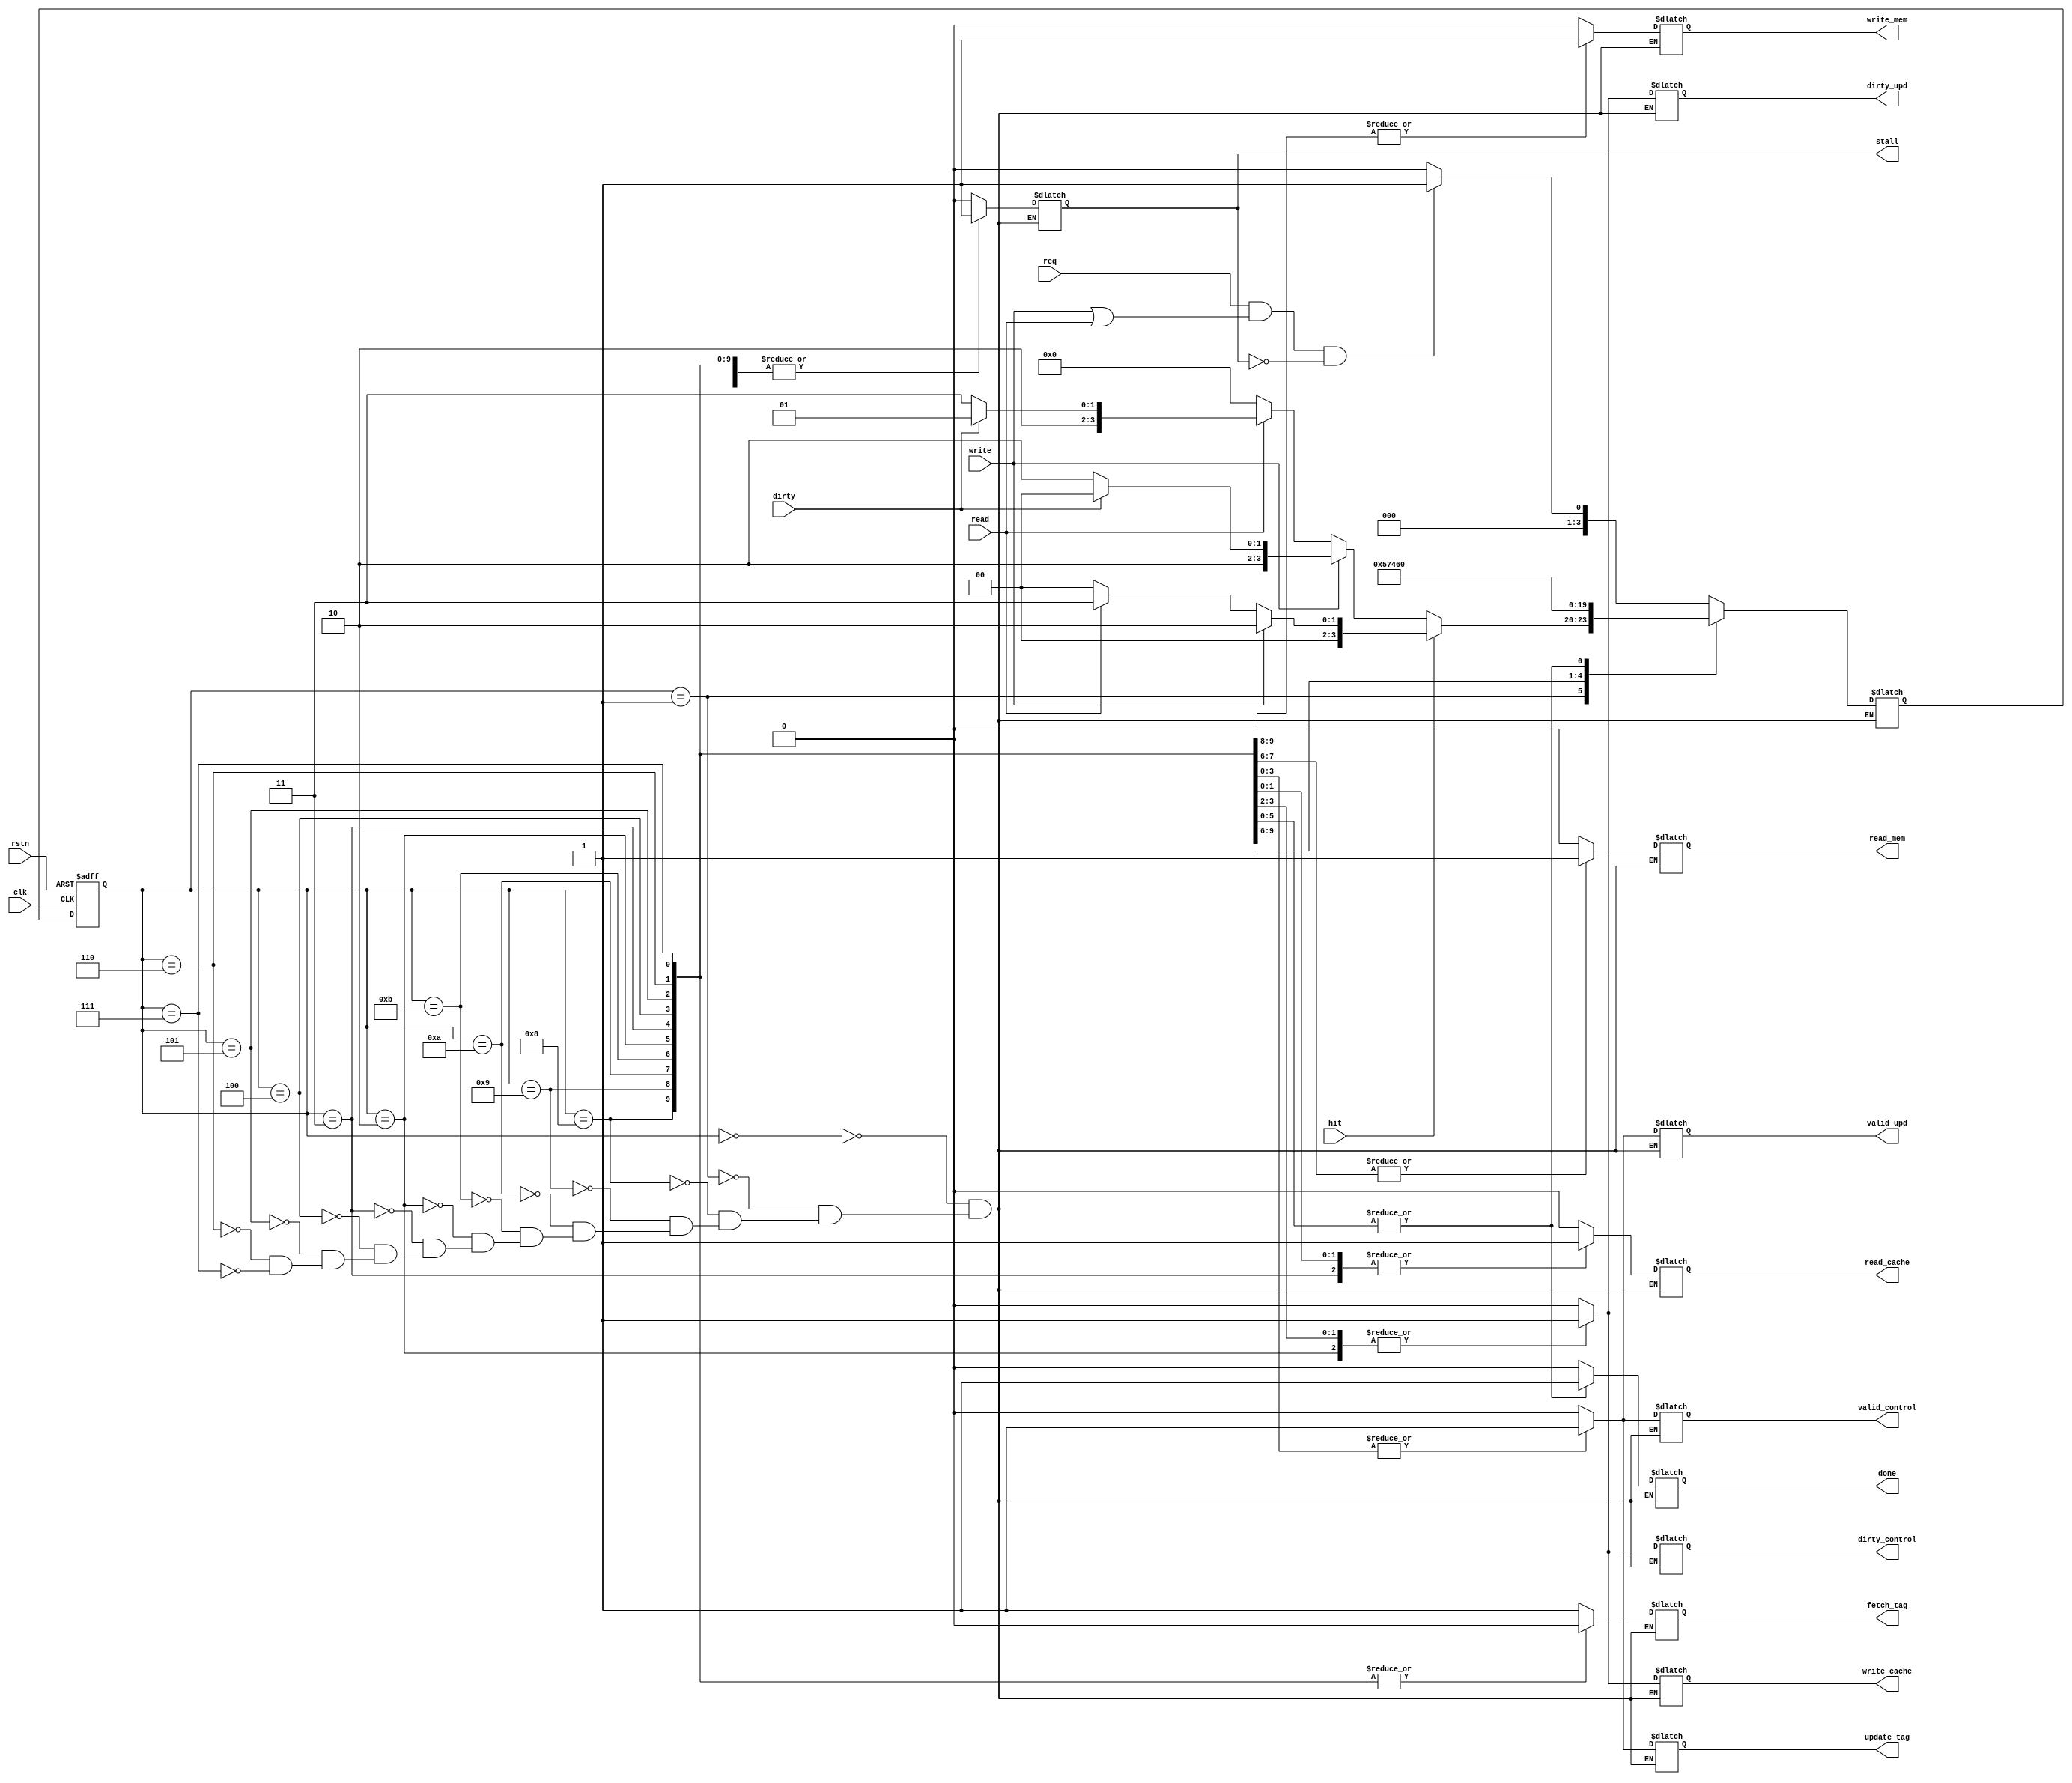

module cache_controller_v2(
   input wire clk,
	input wire rstn,
	input wire write, // write enable from cpu
	input wire read,  // read enable from cpu
	output reg write_cache, //write enable for "write to" cache from cpu request
	output reg read_cache, //read enable for "read from" cache to cpu request
	output reg update_tag,
	output reg fetch_tag,
	input wire dirty,
	input wire req,   //request for mem access (write or read) from cpu
	input wire hit,   
	output reg write_mem,  //update to mem from cache
	output reg read_mem,   //update from mem to cache
	output reg valid_control,
	output reg valid_upd,
	output reg dirty_control,
	output reg dirty_upd,
	output reg stall,
	output reg done
);

  parameter IDLE                            = 4'h0;
  parameter COMPARE_TAG                     = 4'h1;
  parameter WRITE_HIT                       = 4'h2;
  parameter READ_HIT                        = 4'h3;
  parameter WRITE_MISS                      = 4'h4;
  parameter WRITE_MISS_DIRTY                = 4'h5;
  parameter READ_MISS                       = 4'h6;
  parameter READ_MISS_DIRTY                 = 4'h7;
  parameter WR_MISS_DIRTY_WRITE_BACK        = 4'h8;
  parameter RD_MISS_DIRTY_WRITE_BACK        = 4'h9;
  parameter WR_MISS_FETCH_FROM_MEM          = 4'hA;
  parameter RD_MISS_FETCH_FROM_MEM          = 4'hB;
//  parameter ALLOCATE          = 4'b0111;
  //parameter EVICTION    = 'b1000;
  
  reg [3:0] current_state;
  reg [3:0] next_state;
  
  reg n_write_mem ;
  reg n_read_mem;
  reg n_write_cache ;
  reg n_read_cache;
  reg n_valid_control;
  reg n_valid_upd;
  reg n_dirty_control;
  reg n_dirty_upd;
  reg n_stall;
  reg n_update_tag;
  reg n_fetch_tag;
  reg n_done;
//  reg n_evict;
//  reg n_writeback;  
 
///*  
  always@(negedge clk or negedge rstn) begin
     if(!rstn) begin
	     current_state   <= IDLE;
/*
		 write_mem       <= 'b0;
        read_mem        <= 'b0;
        write_cache     <= 'b0;
        read_cache      <= 'b0;
        valid_control   <= 'b0;
        valid_upd       <= 'b0;
        dirty_control   <= 'b0;
        dirty_upd       <= 'b0;
        stall           <= 'b0;
        update_tag      <= 'b0;
		  fetch_tag       <= 'b0;
		  done            <= 'h0;
*/		  
	  end 
	  else begin
	     current_state   <= next_state;
/*
		 write_mem       <= n_write_mem;
        read_mem        <= n_read_mem;
        write_cache     <= n_write_cache;
        read_cache      <= n_read_cache;
        valid_control   <= n_valid_control;
        valid_upd       <= n_valid_upd;
        dirty_control   <= n_dirty_control;
        dirty_upd       <= n_dirty_upd;
        stall           <= n_stall;		  
        update_tag      <= n_update_tag;
		  fetch_tag       <= n_fetch_tag;
		  done            <= n_done;
*/
	  end
  end
//*/
///*  
  always@* begin
//	  current_state   = next_state;
	  write_mem       = n_write_mem;
	  read_mem        = n_read_mem;
	  write_cache     = n_write_cache;
	  read_cache      = n_read_cache;
	  valid_control   = n_valid_control;
	  valid_upd       = n_valid_upd;
	  dirty_control   = n_dirty_control;
	  dirty_upd       = n_dirty_upd;
	  stall           = n_stall;		  
	  update_tag      = n_update_tag;
	  fetch_tag       = n_fetch_tag;
	  done            = n_done;
  end
//*/
  always@(*) begin
     //$display("read_mem = %b",n_read_mem);
     case(current_state)
	     IDLE: begin
		     $display("cycle:",$time/2," IDLE");
//         valid control signals
           n_dirty_control   = 'b0;
           n_dirty_upd       = 'b0;
//         valid control signals
           n_valid_control   = 'b0;
           n_valid_upd       = 'b0;
//         main memory control signals			  
           n_write_mem       = 'b0;
           n_read_mem        = 'b0;
//         cache data block control signals
           n_write_cache     = 'b0;
           n_read_cache      = 'b0;
//         tag block control signals			  
	       n_update_tag      = 'b0;
		   n_fetch_tag       = 'b1;
//         CPU polling signals			  
           n_stall           = 'b0;// stall 0 means cache is ready for request
		   n_done            = 'b0;
//           n_evict           = 'b0;//NYST
//           n_writeback       = 'b0;//NYST
			  if(req&&(write||read)&&~stall) begin //request from computer and assertion of write/read
			     //$display("cycle:",$time," CPU request for memory access");
				  $display("CPU request!!!");
			     next_state = COMPARE_TAG;
			  end
			  else begin
              //$display("cycle:",$time," Cache idling in loop...");			  
			     next_state = IDLE;
			  end
		  end
	     COMPARE_TAG: begin
		     //$display("cycle:",$time," Comparing tag and fetch/update...");
			  $display("cycle:",$time/2," COMPARE_TAG");
//         valid control signals
			  n_dirty_control   = 'b0;// Set valid since write new data to the cache line to 
			  n_dirty_upd       = 'b0;// indicated latest modification not write back yet to memory
//         valid control signals
			  n_valid_control   = 'b0;
			  n_valid_upd       = 'b0;
//         main memory control signals			  
			  n_write_mem       = 'b0;
			  n_read_mem        = 'b0;
//         cache data block control signals
			  n_write_cache     = 'b0;// Write to cache new data 
			  n_read_cache      = 'b0;
//         tag block control signals			  
			  n_update_tag      = 'b0;
			  n_fetch_tag       = 'b1;
//         CPU polling signals			  
			  n_stall           = 'b1;
			  n_done            = 'b0;			  
           if(hit) begin// hit cases
			     if(write) begin
				     $display("cycle:",$time/2," WRITE_HIT detected");
				     next_state      = WRITE_HIT;
				  end
				  else begin
				     if(read) begin
					     $display("cycle:",$time/2," READ_HIT detected");
					     next_state      = READ_HIT;
					  end
					  else begin
					     $display("cycle:",$time/2," NO_WR_RD detected");
					     next_state      = IDLE;
					  end
				  end
			  end
			  else begin //miss cases
			     if(write) begin
				     //next_state      <= WR_MISS_DIRTY_WRITE_BACK;
					  if(dirty) begin
					     $display("cycle:",$time/2," WRITE_MISS_DIRTY detected");
						  //$display("cycle:",$time," WRITE_MISS and cache is DIRTY");
						  next_state        = WR_MISS_DIRTY_WRITE_BACK;   // first action for write miss (eviction)is writeback then fetch new data later

					  end
					  else begin
					     $display("cycle:",$time/2," WRITE_MISS_CLEAN detected");
						  //$display("cycle:",$time," Write miss, Cache line is not dirty, fetch data from lower memory to cache for up-to-day data");
						  //$display("cycle:",$time," WRITE_MISS and cache is CLEAN");							  							  
						  next_state        = WR_MISS_FETCH_FROM_MEM;   // write miss is to fetch new data	
		           end				  
				  end
				  else begin
				     if(read) begin
					     //$display("cycle:",$time," READ_HIT detected");
					     //next_state      <= READ_HIT;
					     if(dirty) begin
						     $display("cycle:",$time/2," READ_MISS_DIRTY detected");
						     next_state        = RD_MISS_DIRTY_WRITE_BACK;   // first action for write miss (eviction)is writeback then fetch new data later
						  end
						  else begin
						     //$display("cycle:",$time," Write miss, Cache line is not dirty, fetch data from lower memory to cache for up-to-day data");
						     $display("cycle:",$time/2," READ_MISS_CLEAN detected");							  							  
						     next_state        = RD_MISS_FETCH_FROM_MEM;   // write miss is to fetch new data
							  //$display("cycle:",$time," yo passed");
						  end						  
					  end
					  else begin
					     $display("cycle:",$time/2," NO_WR_RD detected");
					     next_state      = IDLE;
					  end
				  end		
			  end
		  end
        WR_MISS_DIRTY_WRITE_BACK: begin
		     $display("cycle:",$time/2," WR_MISS_DIRTY_WRITE_BACK");
	//         valid control signals
			  n_dirty_control   = 'b0; 
			  n_dirty_upd       = 'b0;
	//         valid control signals
			  n_valid_control   = 'b0;
			  n_valid_upd       = 'b0;
	//         main memory control signals			  
			  n_write_mem       = 'b1;// write back the dirty data first
			  n_read_mem        = 'b0;
	//         cache data block control signals
			  n_write_cache     = 'b0; 
			  n_read_cache      = 'b0;
	//         tag block control signals			  
			  n_update_tag      = 'b0;// dont update tag here since write back is in progress
			  n_fetch_tag       = 'b0;
	//         CPU polling signals			  
			  n_stall           = 'b1;
			  n_done            = 'b0;
	//           n_evict           = 'b0;//NYST
	//           n_writeback       = 'b0;//NYST				  
           next_state        = WRITE_MISS_DIRTY;
			  //$display("cycle:",$time," WRITE_MISS_DIRTY_DEBUG");
			  end
        RD_MISS_DIRTY_WRITE_BACK: begin
		     $display("cycle:",$time/2," RD_MISS_DIRTY_WRITE_BACK");
	//         valid control signals
			  n_dirty_control   = 'b0; 
			  n_dirty_upd       = 'b0;
	//         valid control signals
			  n_valid_control   = 'b0;
			  n_valid_upd       = 'b0;
	//         main memory control signals			  
			  n_write_mem       = 'b1;// write back the dirty data first
			  n_read_mem        = 'b0;
	//         cache data block control signals
			  n_write_cache     = 'b0; 
			  n_read_cache      = 'b0;
	//         tag block control signals			  
			  n_update_tag      = 'b0;// dont update tag here since write back is in progress
			  n_fetch_tag       = 'b0;
	//         CPU polling signals			  
			  n_stall           = 'b1;
			  n_done            = 'b0;
	//           n_evict           = 'b0;//NYST
	//           n_writeback       = 'b0;//NYST			 
			  next_state        = READ_MISS_DIRTY;
		  end
        WR_MISS_FETCH_FROM_MEM: begin
		     $display("cycle:",$time/2," WR_MISS_FETCH_FROM_MEM");
//         valid control signals
			  n_dirty_control   = 'b0; 
			  n_dirty_upd       = 'b0;
//         valid control signals
			  n_valid_control   = 'b0;
			  n_valid_upd       = 'b0;
//         main memory control signals			  
			  n_write_mem       = 'b0;
			  n_read_mem        = 'b1;// fetch into cache line since no dirty and no valid
//         cache data block control signals
			  n_write_cache     = 'b0; 
			  n_read_cache      = 'b0;
//         tag block control signals			  
			  n_update_tag      = 'b0;
			  n_fetch_tag       = 'b0;
//         CPU polling signals			  
			  n_stall           = 'b1;
			  n_done            = 'b0;
//           n_evict           = 'b0;//NYST
//           n_writeback       = 'b0;//NYST			  
			  next_state        = WRITE_MISS;
		  end
        RD_MISS_FETCH_FROM_MEM: begin
		     $display("cycle:",$time/2," RD_MISS_FETCH_FROM_MEM");
//         valid control signals
			  n_dirty_control   = 'b0; 
			  n_dirty_upd       = 'b0;
//         valid control signals
			  n_valid_control   = 'b0;
			  n_valid_upd       = 'b0;
//         main memory control signals			  
			  n_write_mem       = 'b0;
			  n_read_mem        = 'b1;// fetch into cache line since no dirty and no valid
//         cache data block control signals
			  n_write_cache     = 'b0; 
			  n_read_cache      = 'b0;
//         tag block control signals			  
			  n_update_tag      = 'b0;
			  n_fetch_tag       = 'b0;
//         CPU polling signals			  
			  n_stall           = 'b1;
			  n_done            = 'b0;
//           n_evict           = 'b0;//NYST
//           n_writeback       = 'b0;//NYST			  
			  next_state        = READ_MISS;
		  end		  
	     WRITE_HIT: begin
           $display("cycle:",$time/2," WRITE_HIT");
//         valid control signals
			  n_dirty_control   = 'b1;// data is now written into the cache line and the latest will be evict later 
			  n_dirty_upd       = 'b1;
//         valid control signals
			  n_valid_control   = 'b0;// the data is now valid 
			  n_valid_upd       = 'b0;
//         main memory control signals			  
			  n_write_mem       = 'b0;
			  n_read_mem        = 'b0;
//         cache data block control signals
			  n_write_cache     = 'b1;// write to modify the cache 
			  n_read_cache      = 'b0;
//         tag block control signals			  
			  n_update_tag      = 'b0;// update tag block since miss 
			  n_fetch_tag       = 'b0;
//         CPU polling signals			  
			  n_stall           = 'b1;
			  n_done            = 'b1;		  
			  next_state      = IDLE;
		  end
	     READ_HIT: begin
           $display("cycle:",$time/2," READ_HIT");
//         valid control signals
			  n_dirty_control   = 'b0;// data is now written into the cache line and the latest will be evict later 
			  n_dirty_upd       = 'b0;
//         valid control signals
			  n_valid_control   = 'b0;// the data is now valid 
			  n_valid_upd       = 'b0;
//         main memory control signals			  
			  n_write_mem       = 'b0;
			  n_read_mem        = 'b0;
//         cache data block control signals
			  n_write_cache     = 'b0;// write to modify the cache 
			  n_read_cache      = 'b1;
//         tag block control signals			  
			  n_update_tag      = 'b0;// update tag block since miss 
			  n_fetch_tag       = 'b0;
//         CPU polling signals			  
			  n_stall           = 'b1;
			  n_done            = 'b1;			  
			  next_state      = IDLE;
		  end		  
	     WRITE_MISS: begin
			  $display("cycle:",$time/2," WRITE_MISS");
//         valid control signals
			  n_dirty_control   = 'b1;// data is now written into the cache line and the latest will be evict later 
			  n_dirty_upd       = 'b1;
//         valid control signals
			  n_valid_control   = 'b1;// the data is now valid 
			  n_valid_upd       = 'b1;
//         main memory control signals			  
			  n_write_mem       = 'b0;
			  n_read_mem        = 'b0;
//         cache data block control signals
			  n_write_cache     = 'b1;// write to modify the cache 
			  n_read_cache      = 'b0;
//         tag block control signals			  
			  n_update_tag      = 'b1;// update tag block since miss 
			  n_fetch_tag       = 'b0;
//         CPU polling signals			  
			  n_stall           = 'b1;
			  n_done            = 'b1;			  
			  next_state        = IDLE;
		  end
	     WRITE_MISS_DIRTY: begin
			  $display("cycle:",$time/2," WRITE_MISS_DIRTY");
//         valid control signals
			  n_dirty_control   = 'b1;// data is now written into the cache line and the latest will be evict later 
			  n_dirty_upd       = 'b1;
//         valid control signals
			  n_valid_control   = 'b1;// the data is now valid 
			  n_valid_upd       = 'b1;
//         main memory control signals			  
			  n_write_mem       = 'b0;
			  n_read_mem        = 'b0;
//         cache data block control signals
			  n_write_cache     = 'b1;// write to modify the cache 
			  n_read_cache      = 'b0;
//         tag block control signals			  
			  n_update_tag      = 'b1;// update tag block since miss 
			  n_fetch_tag       = 'b0;
//         CPU polling signals			  
			  n_stall           = 'b1;
			  n_done            = 'b1;			  
			  next_state        = IDLE;
		  end
	     READ_MISS: begin
			  $display("cycle:",$time/2," READ_MISS");
//         valid control signals
			  n_dirty_control   = 'b0; 
			  n_dirty_upd       = 'b0;
//         valid control signals
			  n_valid_control   = 'b1;// the data is now valid 
			  n_valid_upd       = 'b1;
//         main memory control signals			  
			  n_write_mem       = 'b0;
			  n_read_mem        = 'b0;
//         cache data block control signals
			  n_write_cache     = 'b0; 
			  n_read_cache      = 'b1;// read from cache 
//         tag block control signals			  
			  n_update_tag      = 'b1;
			  n_fetch_tag       = 'b0;
//         CPU polling signals			  
			  n_stall           = 'b1;
			  n_done            = 'b1;			  
			  next_state        = IDLE;
		  end		 
	     READ_MISS_DIRTY: begin
			  $display("cycle:",$time/2," READ_MISS_DIRTY");
//         valid control signals
			  n_dirty_control   = 'b0; 
			  n_dirty_upd       = 'b0;
//         valid control signals
			  n_valid_control   = 'b1;// the data is now valid 
			  n_valid_upd       = 'b1;
//         main memory control signals			  
			  n_write_mem       = 'b0;
			  n_read_mem        = 'b0;
//         cache data block control signals
			  n_write_cache     = 'b0; 
			  n_read_cache      = 'b1;// read from cache 
//         tag block control signals			  
			  n_update_tag      = 'b1;
			  n_fetch_tag       = 'b0;
//         CPU polling signals			  
			  n_stall           = 'b1;
			  n_done            = 'b1;			  
			  next_state        = IDLE;
		  end
		  		 
	  endcase
  end


endmodule